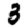
Digit: 3